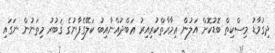
ދިގުވާޑު މިސްކިތް ބޮޑުކޮށް އަލުން ޢިމާރާތްކުރިއިރު ޢަބްދުއްނާއިބު ކަލޭގެފާނުގެ ޤަބުރު މިތަނުން ނަގައި